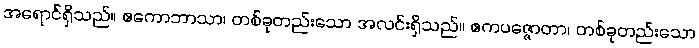
အရောင်ရှိသည်။ ဧကောဘာသာ၊ တစ်ခုတည်းသော အလင်းရှိသည်။ ဧကပဇ္ဇောတာ၊ တစ်ခုတည်းသော